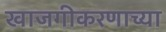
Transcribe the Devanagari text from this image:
खाजगीकरणाच्या